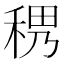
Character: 𥟄